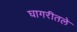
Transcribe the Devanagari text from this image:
घागरीतले